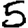
Digit: 5